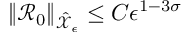
\| \mathcal { R } _ { 0 } \| _ { \hat { \mathcal { X } } _ { \epsilon } } \le C \epsilon ^ { 1 - 3 \sigma }